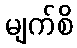
မျက်စိ